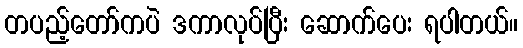
တပည့်တော်ကပဲ ဒကာလုပ်ပြီး ဆောက်ပေး ရပါတယ်။